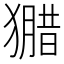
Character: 𱮢